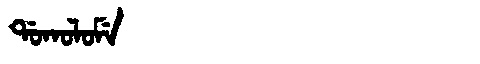
Manchu: ᡩᠣᡴᠣᠯᠣᠮᡝ
Romanization: DOKOLOME